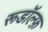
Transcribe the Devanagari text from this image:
रूडॉल्फ़